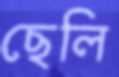
ছেলি